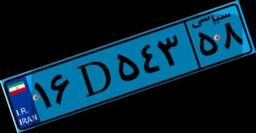
۱۶D۵۴۳۵۸